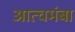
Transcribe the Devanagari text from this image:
आत्चमंबा